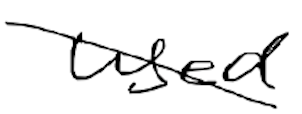
Text: used
Cross-out: diagonal
Writing tool: digital_black